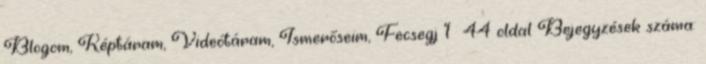
Blogom, Képtáram, Videótáram, Ismerőseim, Fecsegj 1 44 oldal Bejegyzések száma: